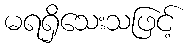
မရရှိသေးသဖြင့်